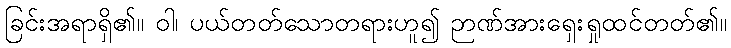
ခြင်းအရာရှိ၏။ ဝါ၊ ပယ်တတ်သောတရားဟူ၍ ဉာဏ်အားရှေးရှုထင်တတ်၏။